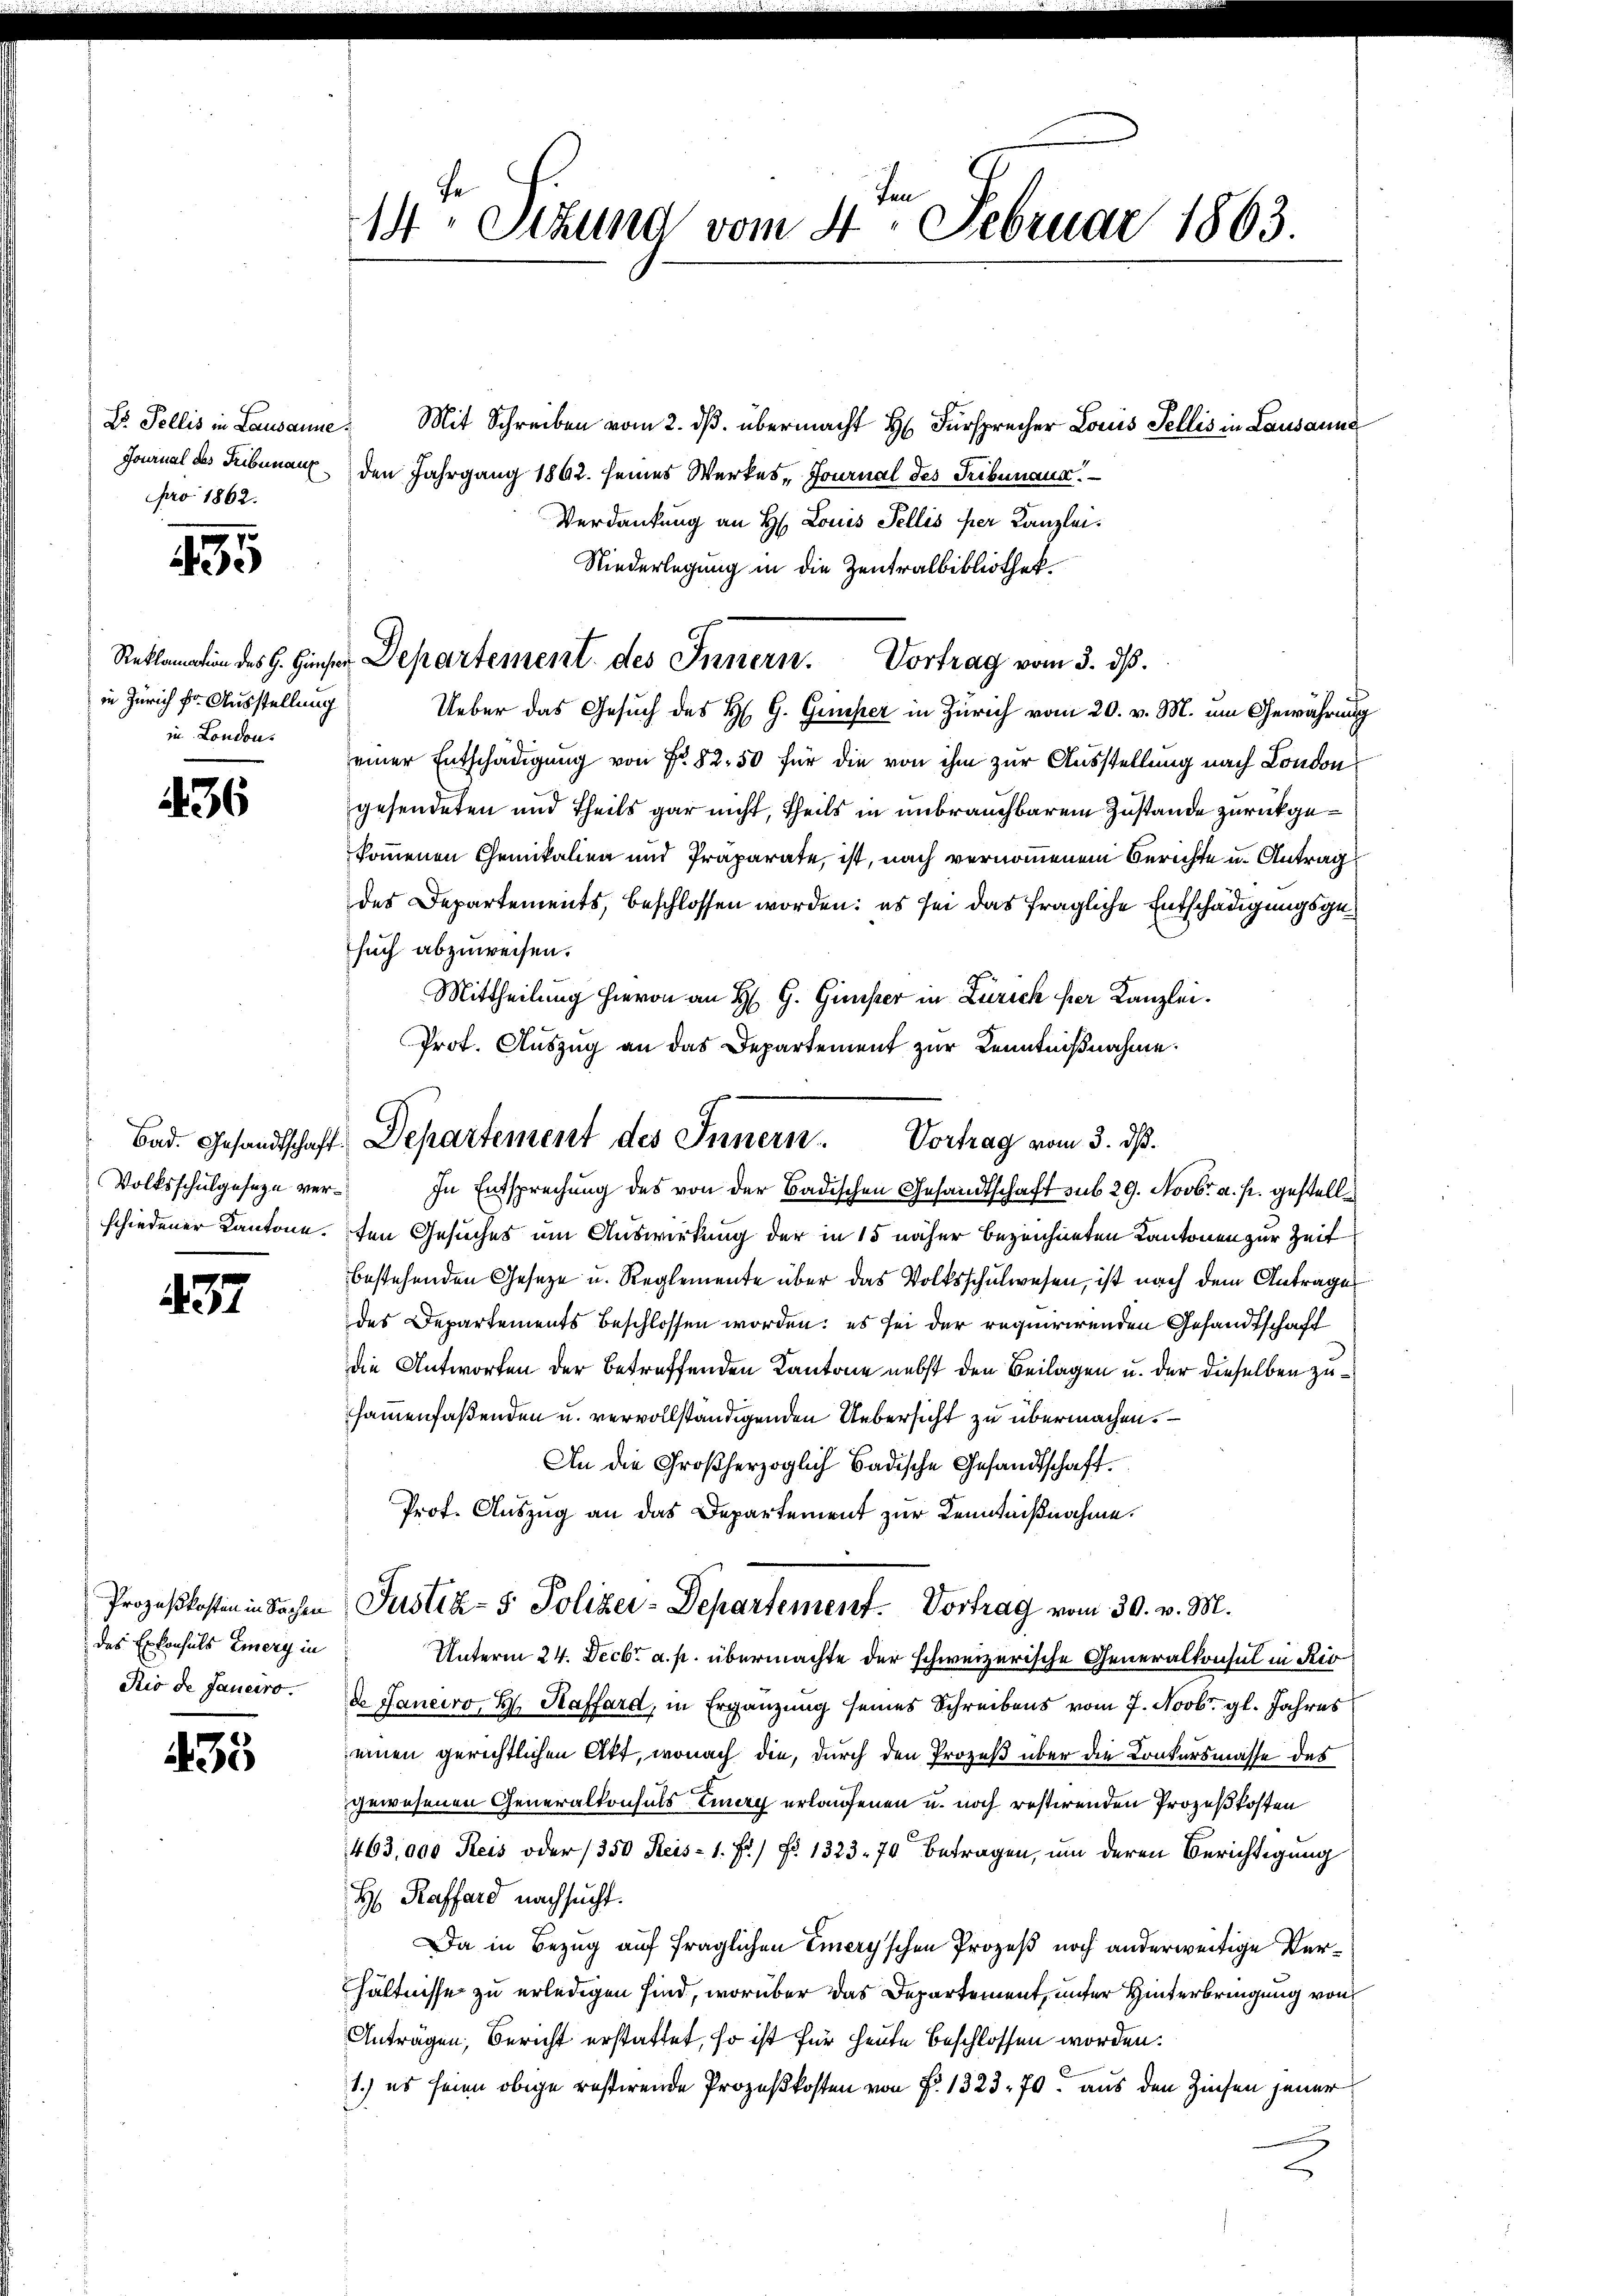
Dr. Pellis in Lausanne
pro 1862.

195

in Zürich fr. Ausstellung
in London.

36

Volksschulgeseze ver¬

137

das Erkonsuls Emery in

35

den
14 Stund vom 4. Februar 1863.

Mit Schreiben vom 2. ds. übermacht Hr. Fürsprecher Louis Fellis in Lausanne
Journal des Tribunaux den Jahrgang 1862. seines Werkes „Journal des Tribunaus.
Verdankung an H. Louis Fellis per Kanzlei¬
Niederlegung in die Zentralbibliothek
Reten des H. Giese Departement des Innern. Vortrag vom 3. ds.
Ueber das Gesuch des H. G. Gimper in Zürich vom 20. v. M. um Gewährung
einer Entschädigung von Fr. 82. 50 für die von ihm zur Ausstellung nach London
gesendeten und Theils gar nicht, theils in unbrauchbarem Zustande zurückgekommenen Chemikalien und Präparate, ist, nach vernommenem Berichte u. Antrag
des Departements, beschlossen worden: es sei das fragliche Entschädigungsgesuch abzuweisen.
Mittheilung hievon an H. G. Ginster in Zürich her Kanzlei.
Prot. Auszug an das Departement zur Kenntnißnahme.
In Entsprechung des von der Badischen Gesandtschaft sub 29. Novbr. a. p. gestellschiedener Kantone. Den Gesuches um Auswirkung der in 15 näher bezeichneten Kantonen zur Zeit
bestehenden Geseze u. Reglemente über das Volksschulwesen, ist nach dem Antrages
des Departements beschlossen worden; es sei der requirirenden Gesandtschaft
die Antworten der betreffenden Kantone nebst den Beilagen u. der dieselben zusammenfaßenden u. vervollständigenden Uebersicht zu übermachen.
An die Großherzoglich badische Gesandtschaft.
Prot. Auszug an das Departement zur Kenntnißnahme.
Prozeßkosten in Sachen Justiz- & Polizei-Departement. Vortrag vom 30. v. M.
Unterm 24. Decbr a. p. übermachte der schweizerische Generalkonsul in Rio
Rio de Janeiro. d. Janeiro H. Raffard, in Ergänzung seines Schreibens vom 7. Novbr. gl. Jahres
einen gerichtlichen Akt, wonach die, durch den Prozeß über die Konkursmasse des
gewesenen Generalkonsuls Emag erlaufenen u. noch restirenden Prozeßkosten
463,000 Reis oder 350 Reis- 1. Fr.) No 1323. 70 betragen, um deren Berichtigung
H Kaffend nachsucht.
Da in Bezug auf fraglichen Emery'schen Prozeß noch anderweitige Verhältnisse zu erledigen sind, worüber das Departement, unter Hinterbringung von
Anträgen, Bericht erstattet, so ist für heute beschlossen worden.
1.) es seien obige restirende Prozeßkosten von Fr. 1323. 70 aus den Zinsen jener

Bad. Gesandtschaft Departement des Innern. Vortrag vom 3. dß.